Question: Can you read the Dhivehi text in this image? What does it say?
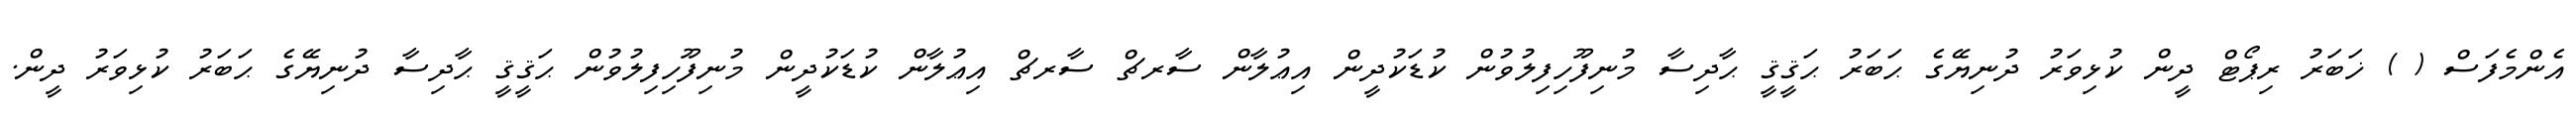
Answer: އެންމެފަސް ( ) ޚަބަރު ރިޕޯޓް ދީން ކުޅިވަރު ދުނިޔޭގެ ޙަބަރު ޙަޤީޤީ ޙާދިސާ މުނިފޫހިފިލުވުން ކުޑަކުދީން އިޢުލާން ސާރޗް ސާރޗް އިޢުލާން ކުޑަކުދީން މުނިފޫހިފިލުވުން ޙަޤީޤީ ޙާދިސާ ދުނިޔޭގެ ޙަބަރު ކުޅިވަރު ދީން.